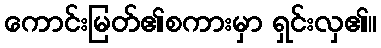
ကောင်းမြတ်၏စကားမှာ ရှင်းလှ၏။